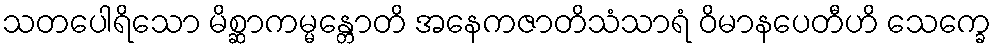
သတပေါရိသော မိစ္ဆာကမ္မန္တောတိ အနေကဇာတိသံသာရံ ဝိမာနပေတီဟိ သေက္ခေ